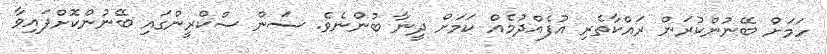
ހަމަށް ބޭނުންކުރަން ރައްކާތެރި އުފެއްދުމެއް ކަމަށް ދީނާ ބުންނެވެ. ސަން ސްކްރީންގައި ބޭނުންކޮށްފައިވާ